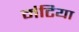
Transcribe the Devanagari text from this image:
मंटिया